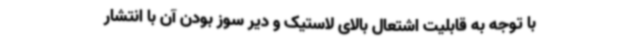
با توجه به قابلیت اشتعال بالای لاستیک و دیر سوز بودن آن با انتشار